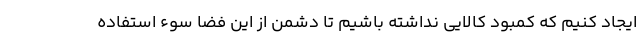
ایجاد کنیم که کمبود کالایی نداشته باشیم تا دشمن از این فضا سوء استفاده